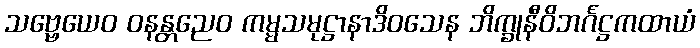
သဗ္ဗေယေဝ ဝနန္တညေဝ ကမ္မသမုဋ္ဌာနာဒိဝသေန ဘိက္ခုနီဝိဘင်္ဂဋ္ဌကထာယံ